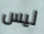
ليس